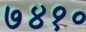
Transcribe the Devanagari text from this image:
७४१०